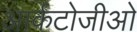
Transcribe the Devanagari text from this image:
आर्कटोजीओ